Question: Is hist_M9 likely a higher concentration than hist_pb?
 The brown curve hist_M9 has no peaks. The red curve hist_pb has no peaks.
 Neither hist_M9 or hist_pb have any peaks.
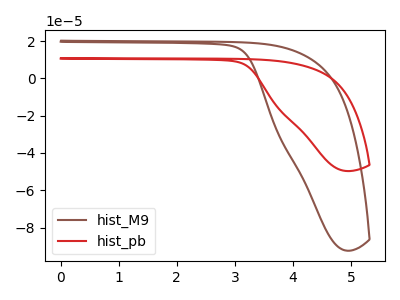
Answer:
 <answer>I cant tell if "hist_M9" or "hist_pb" has more signal.</answer>
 <eval>mixed_signal</eval>